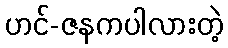
ဟင်-ဇနကပါလားတဲ့